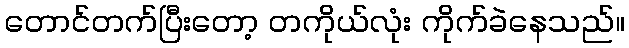
တောင်တက်ပြီးတော့ တကိုယ်လုံး ကိုက်ခဲနေသည်။